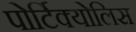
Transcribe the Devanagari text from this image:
पोर्टिक्योलिस